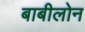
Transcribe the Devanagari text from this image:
बाबीलोन